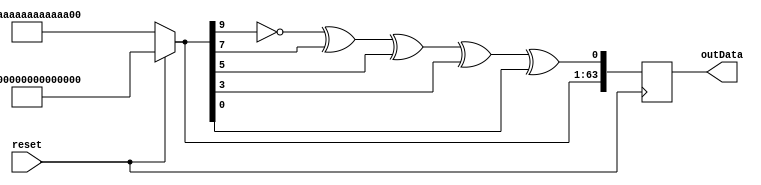
module random(
  input reset,
  output reg [63:0] outData
);

  wire feedback;
  wire [63:0]data1;
  assign data1 = (reset) ? {16{4'hf}} : {16{4'ha}};
  assign feedback = data1[63] ^ data1[9] ^ data1[7] ^ data1[5] ^ data1[3] ^ data1[0];

  always @(negedge reset) begin
	 outData <= {data1[62:0], feedback};
  end

endmodule